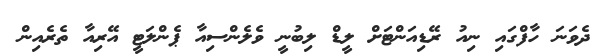
ދެވަނަ ހާފްގައި ނިއު ރޭޑިއަންޓަށް ލީޑް ލިބުނީ ވެލެންސިއާ ޕެންލަޓީ އޭރިއާ ތެރެއިން